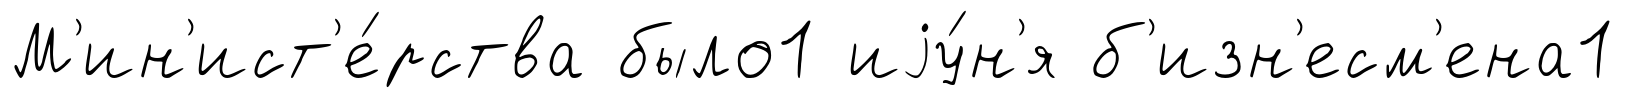
М'ин'ист'е́рства было1 иjу́н'я б'изн'есм'ена1